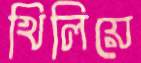
খিলিয়ে